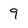
Character: 9